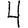
Digit: 4